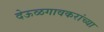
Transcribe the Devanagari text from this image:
देऊळगावकरांच्या